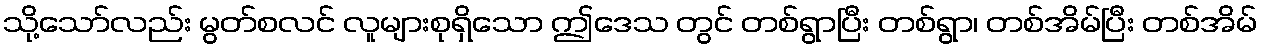
သို့သော်လည်း မွတ်စလင် လူများစုရှိသော ဤဒေသ တွင် တစ်ရွာပြီး တစ်ရွာ၊ တစ်အိမ်ပြီး တစ်အိမ်